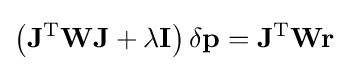
\mathbf {\left(J^{\mathrm {T} }WJ+\lambda I\right)\delta p=J^{\mathrm {T} }Wr}